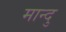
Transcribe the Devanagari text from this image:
मान्दु